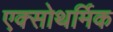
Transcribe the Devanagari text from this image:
एक्सोथर्मिक